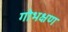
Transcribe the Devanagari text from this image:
गोभक्षण